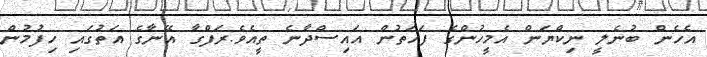
އެހެން ބުނެލީ ނިކްޔަން އެމީހުންގެ ފަހަތުން އައިސްދާނެ ތީއެވެ.ރަފްގާ އޭނާގެ އަތުގައި ހިފުމުން